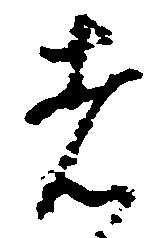
者